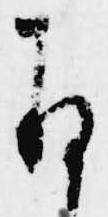
存